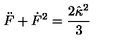
\ddot { F } + \dot { F } ^ { 2 } = \frac { 2 \hat { \kappa } ^ { 2 } } { 3 }